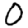
Digit: 0